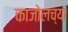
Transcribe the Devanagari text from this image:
काजोलच्या